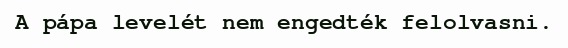
A pápa levelét nem engedték felolvasni.